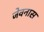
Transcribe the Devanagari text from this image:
जेवनास